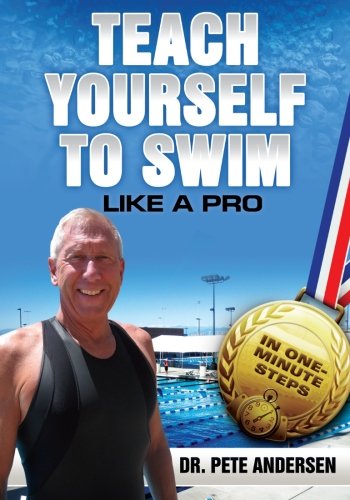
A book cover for Teach Yourself To Swim Like A Pro: In One Minute Steps; Dr Pete Andersen; Sports & Outdoors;